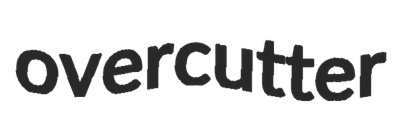
overcutter